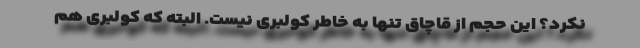
نکرد؟ این حجم از قاچاق تنها به خاطر کولبری نیست. البته که کولبری هم